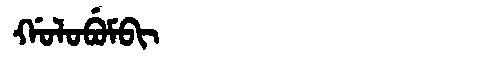
Manchu: ᡤᠣᠯᠣᠪᡠᠮᠪᡳ
Romanization: GOLOBUMBI